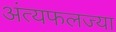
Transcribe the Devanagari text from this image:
अंत्यफलज्या